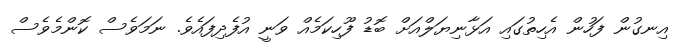
އިނގުން ފަހުން އެހިތުގައި އަޅާނިޔަލްއަށް ބޮޑު ފޫހިކަމެއް ވަނީ އުފެދިފައެވެ. ނަމަވެސް ކޮންމެވެސް